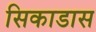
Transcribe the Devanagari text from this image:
सिकाडास